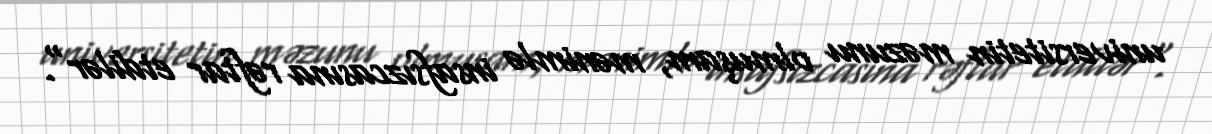
universitetin məzunu olmuşam, mənimlə insafsızcasına rəftar etdilər".